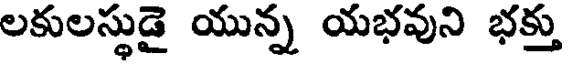
లకులస్థుడై యున్న యభవుని భక్తు